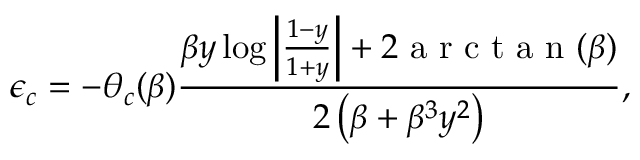
\epsilon _ { c } = - \theta _ { c } ( \beta ) \frac { \beta y \log \left| \frac { 1 - y } { 1 + y } \right| + 2 \mathrm { ~ a ~ r ~ c ~ t ~ a ~ n ~ } ( \beta ) } { 2 \left( \beta + \beta ^ { 3 } y ^ { 2 } \right) } ,